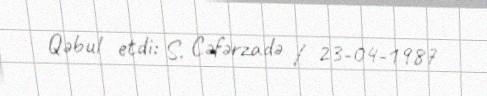
Qəbul etdi: S. Cəfərzadə / 23-04-1987